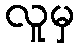
လူမှ